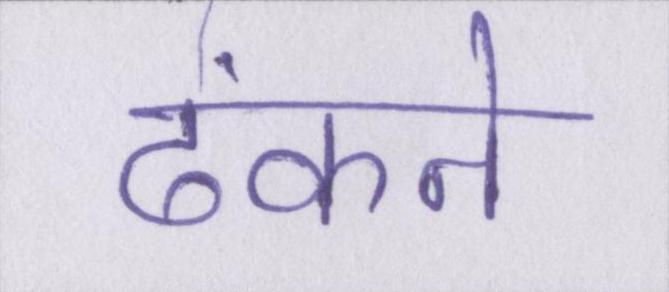
ढंकने